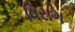
વિરાગ